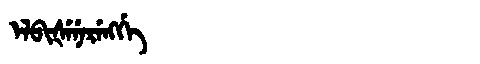
Manchu: ᡝᠯᠪᡳᡧᡝᠨᡝᡵᡝᠩᡤᡝ
Romanization: ELBIŠENERENGGE